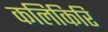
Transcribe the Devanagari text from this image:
कलिकिरि